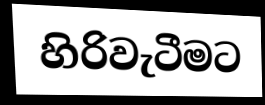
හිරිවැටීමට